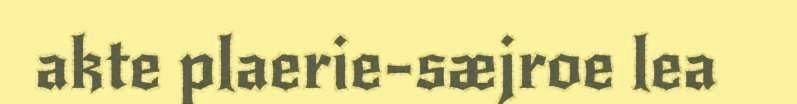
akte plaerie-sæjroe lea